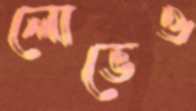
লোভেও